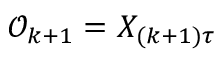
\mathcal { O } _ { k + 1 } = X _ { ( k + 1 ) \tau }